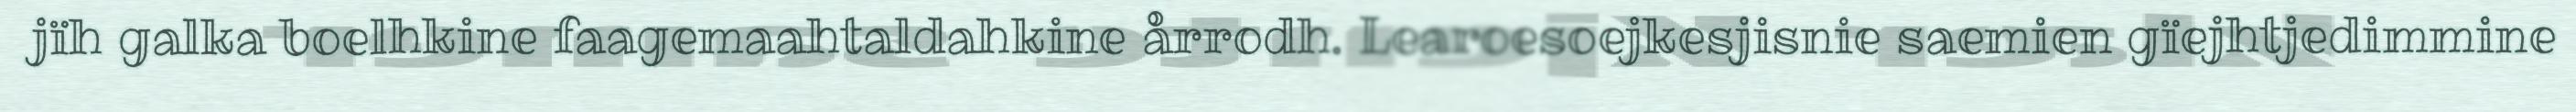
jïh galka boelhkine faagemaahtaldahkine årrodh. Learoesoejkesjisnie saemien gïejhtjedimmine